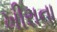
ખીરાના